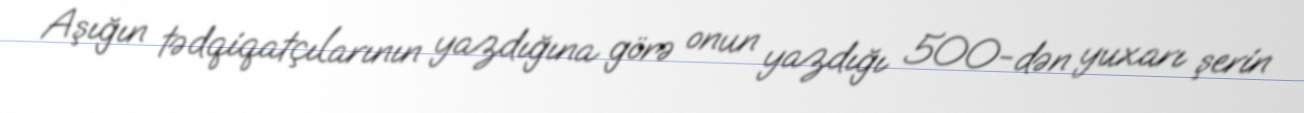
Aşığın tədqiqatçılarının yazdığına görə onun yazdığı 500-dən yuxarı şerin